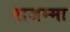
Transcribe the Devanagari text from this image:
राजम्मा